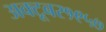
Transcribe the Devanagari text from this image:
अक्टूबर१९५७